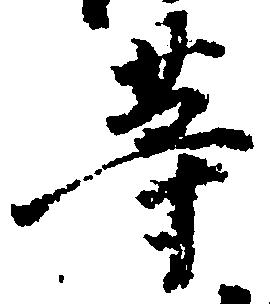
等